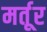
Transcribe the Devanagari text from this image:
मर्तूर